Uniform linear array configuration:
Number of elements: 24
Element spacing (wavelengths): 1
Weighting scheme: cosine
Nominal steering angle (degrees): -45
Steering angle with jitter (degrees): -45.179
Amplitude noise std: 0.05
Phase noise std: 0.05

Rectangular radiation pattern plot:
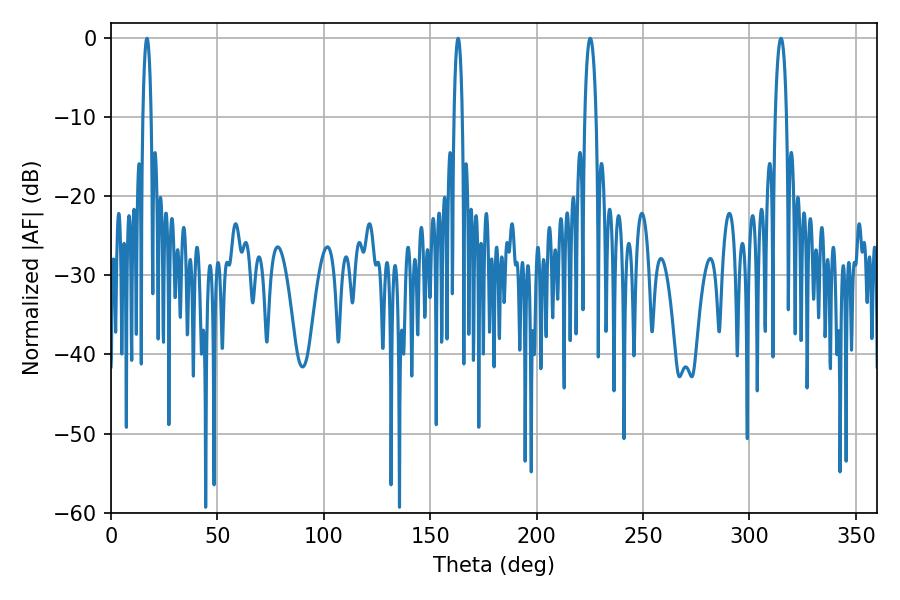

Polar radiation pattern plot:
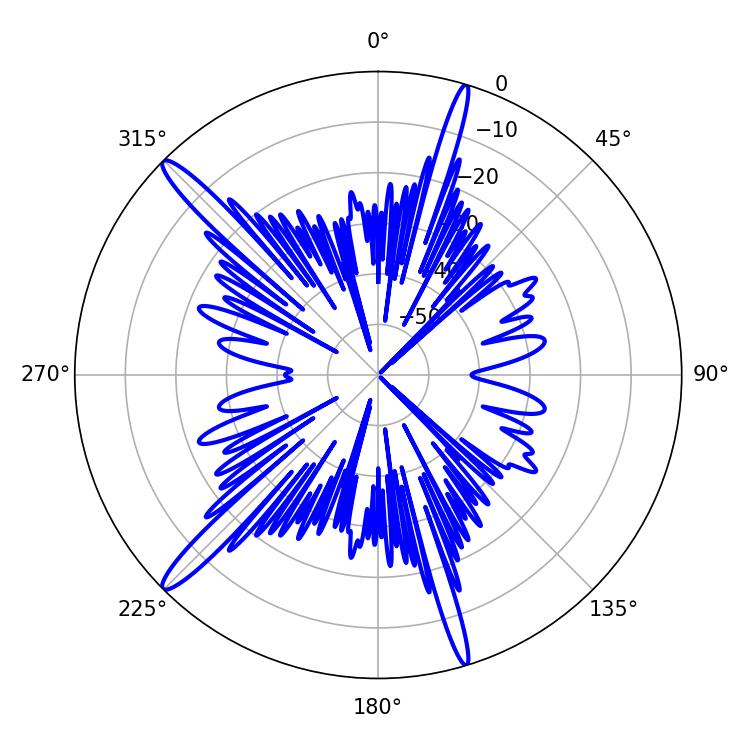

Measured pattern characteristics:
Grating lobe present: TRUE
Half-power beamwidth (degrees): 2.88
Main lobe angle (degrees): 225.18